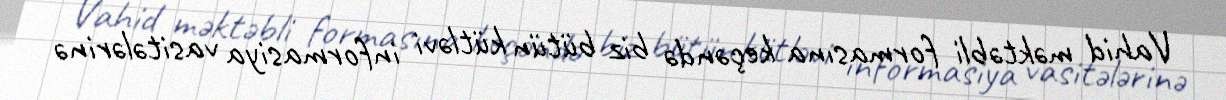
Vahid məktəbli formasına keçəndə biz bütün kütləvi informasiya vasitələrinə